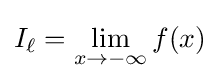
I_{\ell }=\lim _{x\rightarrow -\infty }f(x)